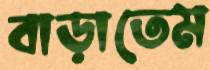
বাড়াতেম